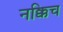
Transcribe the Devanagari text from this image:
नक्किच